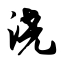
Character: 浇